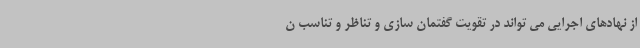
از نهادهای اجرایی می تواند در تقویت گفتمان سازی و تناظر و تناسب ن